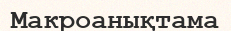
Макроанықтама